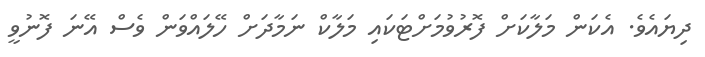
ދިޔައެވެ. އެކަން މަލާކަށް ފޮރުވުމަށްޓަކައި މަލާކް ނަމާދަށް ހޭލައްވަން ވެސް އޭނަ ފޮނުވީ